Veterinary regulations India, 1935 -
Year: 1935
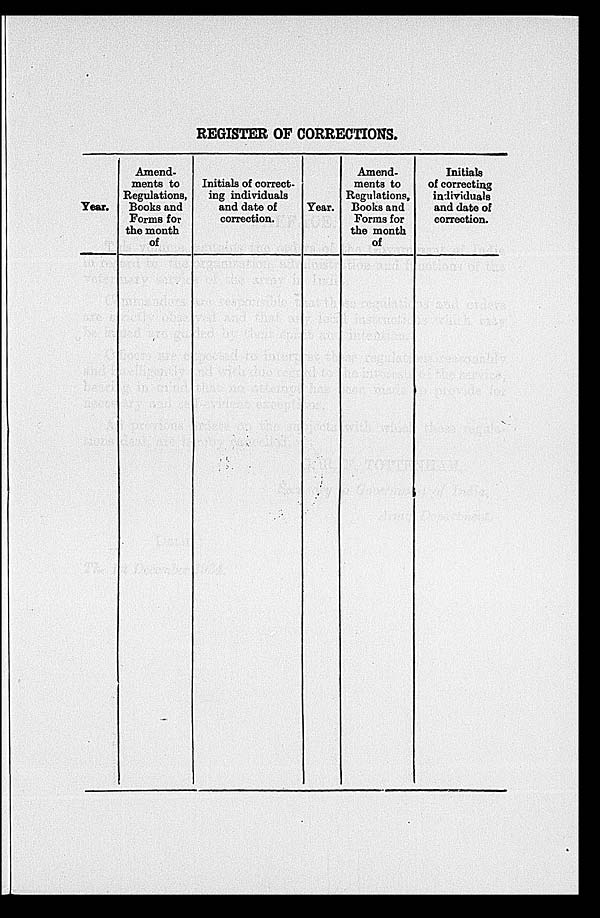
REGISTER OF CORRECTIONS.
Year.
Amend-
ments to
Regulations,
Books and
Forms for
the month
of
Initials of correct-
ing individuals
and date of
correction.
Year.
Amend-
ments to
Regulations,
Books and
Forms for
the month
of
Initials
of correcting
individuals
and date of
correction.